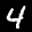
Label: 4